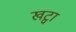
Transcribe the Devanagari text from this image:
खट्वा